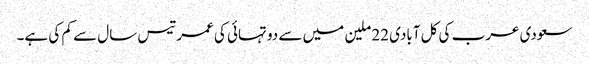
سعودی عرب کی کل آبادی 22 ملین میں سے دو تہائی کی عمر تیس سال سے کم کی ہے۔